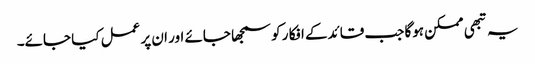
یہ تبھی ممکن ہوگا جب قائدکے افکا ر کو سمجھا جائے اور ان پر عمل کیا جائے۔